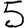
Digit: 5